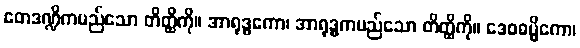
တေဒဏ္ဍိကမည်သော တိတ္ထိကို။ အာရုဒ္ဓကော၊ အာရုဒ္ဓကမည်သော တိတ္ထိကို။ ဒေဝဓမ္မိကော၊